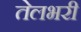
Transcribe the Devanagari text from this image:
तेलभरी